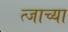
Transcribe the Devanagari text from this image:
त्जाच्या